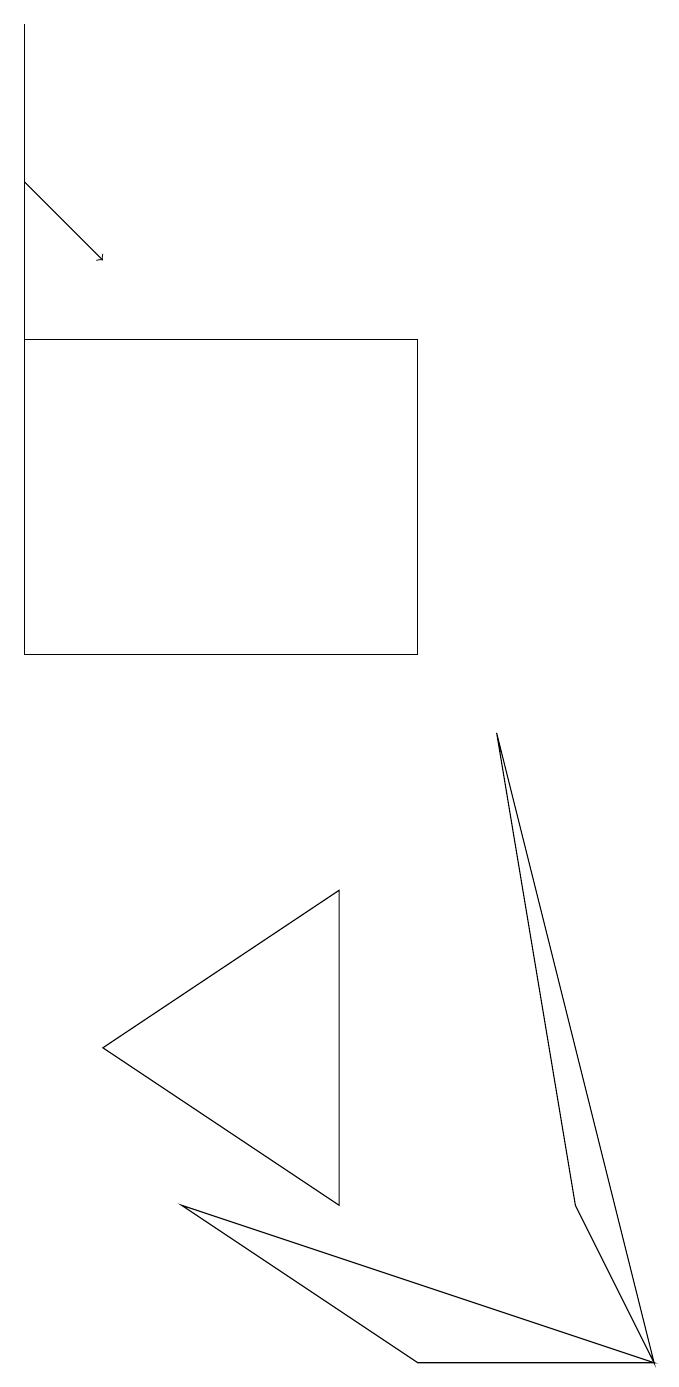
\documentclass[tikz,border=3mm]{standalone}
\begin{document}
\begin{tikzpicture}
\draw[->] (0,16) -- (1,15);
\draw (5,14) rectangle (0,10);
\draw (4,7) -- (1,5) -- (4,3) -- cycle;
\draw (8,1) -- (7,3) -- (6,9) -- cycle;
\draw (5,1) -- (8,1) -- (2,3) -- cycle;
\draw (0,18) rectangle (0,11);
\draw (8,18) rectangle (8,18);
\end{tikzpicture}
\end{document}